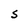
Character: S